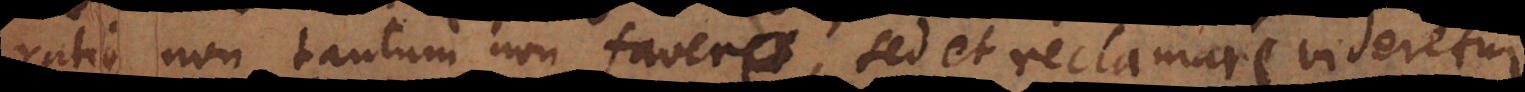
ratio non tantum non favere, sed et reclamare videretur.